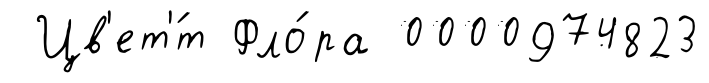
Цв'ет'́т Фло́ра 0000974823